system: You are a helpful assistant.
user:
Analyze the provided spectrum to determine if it is a **"Cataclysmic Variables (CV)"**.

- **Key Indicators for CV (Check for either state):**
    - **State 1: Quiescent / Low-State (Emission-Dominated)**
        - **(Primary):** Strong and *very broad* Hydrogen Balmer emission lines (e.g., $H\alpha$ at 6563 Å, $H\beta$ at 4861 Å). The 'broadness' (high velocity dispersion, often FWHM > 1000 km/s) is the key diagnostic, indicating a high-velocity accretion disk.
        - **(Secondary):** Broad neutral Helium (He I) emission lines (e.g., 5876 Å, 6678 Å).
        - **(Key Confirmation):** Presence of high-excitation *ionized* Helium (He II) emission at 4686 Å. This is a strong indicator of accretion onto a white dwarf.
        - **(Line Profile):** Emission lines may exhibit a 'double-peaked' profile, which is a classic signature of a rotating accretion disk viewed at high inclination.

    - **State 2: Outburst / High-State (Absorption-Dominated)**
        - **(Primary):** Spectrum is dominated by a bright, blue continuum (looks like a hot star).
        - **(Secondary):** The emission lines from State 1 are weak, absent, or 'filled in', and are replaced by broad, shallow *absorption* lines (primarily Balmer and He I).
        - **(Morphology):** The overall spectrum mimics a hot B/A-type star. The crucial difference is that the absorption lines are significantly broader, shallower, and more 'washed-out' (or 'smeared') than the sharp lines of a normal stellar photosphere, due to high rotational speeds and pressure broadening in the disk.

Think first, call **spectral_visualization_tool** if needed to examine features in detail, then provide your final answer. Your response must adhere to the following strict rules:
1.  **Overall Structure:** Your response must follow the format `<think>...</think> <tool_call>...</tool_call> (if a tool is used) <answer>...</answer>`.
2.  **Tool Usage Constraint:** You may only make **one** tool call per turn.
3.  **Final Answer Format:** In the `<answer>` tag, your conclusion must be inside a `\boxed{}` command (e.g., `\boxed{YES}`), followed by your justification.

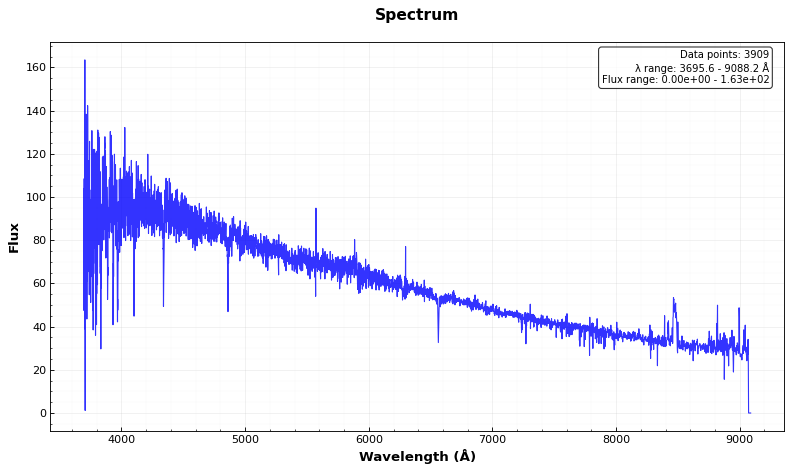
Answer: NO